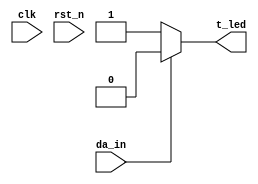
`timescale 1ns / 1ps
//////////////////////////////////////////////////////////////////////////////////
// Company: 
// Engineer: 
// 
// Design Name: 
// Module Name:    MQ_2 
// Project Name: 
// Target Devices: 
// Tool versions: 
// Description: 
//
// Dependencies: 
//
// Revision: 
// Revision 0.01 - File Created
// Additional Comments: 
//
//////////////////////////////////////////////////////////////////////////////////
module MQ_2(
clk,rst_n,t_led,da_in
    );
input clk;
input rst_n;
output  t_led;
input da_in;

assign t_led=(da_in==0)?1:0;
/*
always@(posedge clk or negedge rst_n)
begin
  if(!rst_n)
    t_led<=0;
  else if(da_in==0)
    t_led<=1;
else if(da_in==1)
    t_led<=0;

end
*/
endmodule